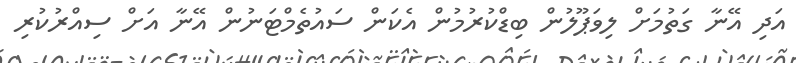
އަދި އޭނާ ގަތުމަށް ލިވަޕޫލުން ބިޑްކުރުމުން އެކަން ސައުތެމްޓަނުން އޭނާ އަށް ސިއްރުކުރި